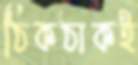
ঠিকঠাকই